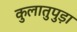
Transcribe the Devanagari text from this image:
कुलातुपुड़ा